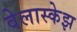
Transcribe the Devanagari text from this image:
वेलास्केझ